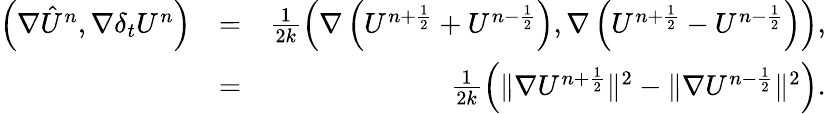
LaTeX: \begin{array}{rlr}{\left(\nabla{\hat{U}}^{n},\nabla\delta_{t}U^{n}\right)}&{=}&{\frac{1}{2k}\left(\nabla\left(U^{n+\frac{1}{2}}+U^{n-\frac{1}{2}}\right),\nabla\left(U^{n+\frac{1}{2}}-U^{n-\frac{1}{2}}\right)\right),}\\ &{=}&{\frac{1}{2k}\left(\| \nabla U^{n+\frac{1}{2}}\| ^{2}-\| \nabla U^{n-\frac{1}{2}}\| ^{2}\right).}\end{array}